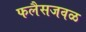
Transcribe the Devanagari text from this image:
फलैसजवळ